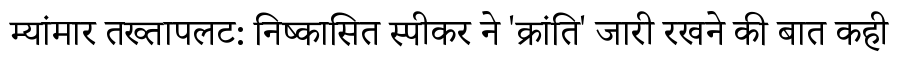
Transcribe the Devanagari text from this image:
म्यांमार तख्तापलट: निष्कासित स्पीकर ने 'क्रांति' जारी रखने की बात कही